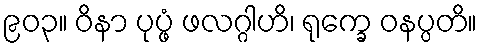
၉၀၃။ ဝိနာ ပုပ္ဖံ ဖလဂ္ဂါဟိ၊ ရုက္ခေ ဝနပ္ပတိ။